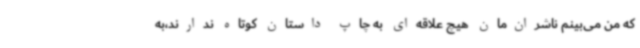
که من می‌بینم ناشران‌مان هیچ علاقه‌ای به چاپ داستان کوتاه ندارند،به